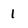
Character: 1